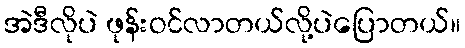
အဲဒီလိုပဲ ဖုန်းဝင်လာတယ်လို့ပဲပြောတယ်။